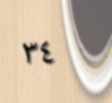
٣٤